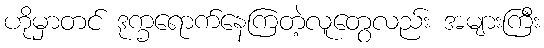
ဟိုမှာတင် ဒုက္ခရောက်နေကြတဲ့လူတွေလည်း အများကြီး